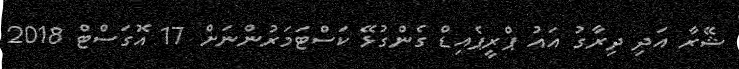
ޝޭރާ އަދި ދިރާގު އައު ޕްރީޕެއިޑް ގެންގުޅޭ ކަސްޓަމަރުންނަށް 17 އޮގަސްޓް 2018